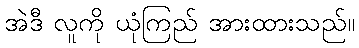
အဲဒီ လူကို ယုံကြည် အားထားသည်။